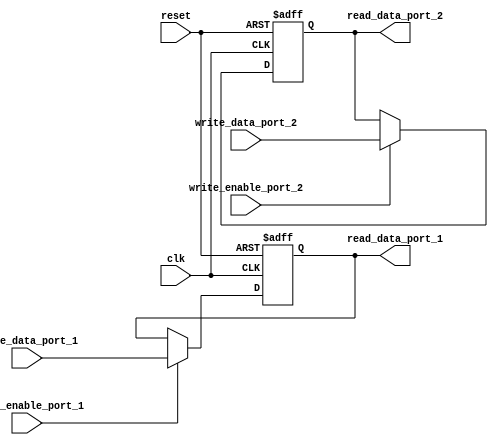
module dual_port_register (
    input wire clk,
    input wire reset,
    
    // Port 1
    input wire [7:0] write_data_port_1,
    input wire write_enable_port_1,
    output reg [7:0] read_data_port_1,
    
    // Port 2
    input wire [7:0] write_data_port_2,
    input wire write_enable_port_2,
    output reg [7:0] read_data_port_2
);

// Port 1 register
reg [7:0] register_port_1;

always @(posedge clk or posedge reset) begin
    if (reset) begin
        register_port_1 <= 8'h00;
    end else begin
        if (write_enable_port_1) begin
            register_port_1 <= write_data_port_1;
        end
    end
end

assign read_data_port_1 = register_port_1;

// Port 2 register
reg [7:0] register_port_2;

always @(posedge clk or posedge reset) begin
    if (reset) begin
        register_port_2 <= 8'h00;
    end else begin
        if (write_enable_port_2) begin
            register_port_2 <= write_data_port_2;
        end
    end
end

assign read_data_port_2 = register_port_2;

endmodule